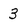
Character: 3